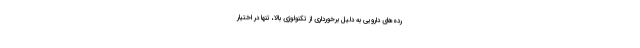
رده‌های دارویی به دلیل برخورداری از تکنولوژی بالا، تنها در اختیار